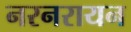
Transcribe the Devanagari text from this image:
नरनरायन